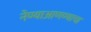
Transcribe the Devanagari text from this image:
नेण्याआणण्याचा